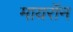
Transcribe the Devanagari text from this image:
मायरॉन